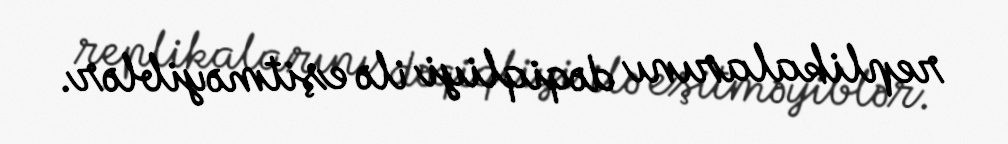
replikalarını dəqiqliyi ilə eşitməyiblər.